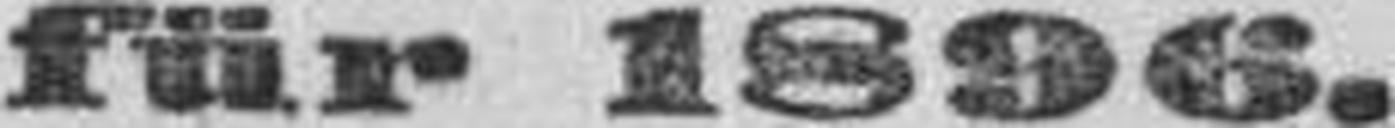
für 1896.